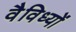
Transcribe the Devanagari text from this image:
वैविध्यों